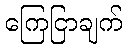
ကြေငြာချက်